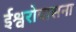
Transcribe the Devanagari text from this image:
ईश्वरोपासना